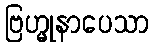
ဗြဟ္မုနာပေသာ